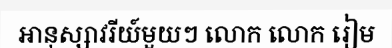
អានុស្សាវរីយ៍មួយៗ លោក លោក រៀម